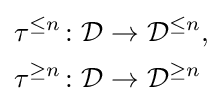
{\begin{aligned}\tau ^{\leq n}\colon &{\mathcal {D}}\to {\mathcal {D}}^{\leq n},\\\tau ^{\geq n}\colon &{\mathcal {D}}\to {\mathcal {D}}^{\geq n}\end{aligned}}